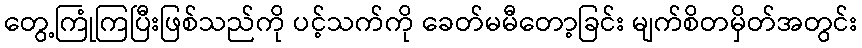
တွေ့ကြုံကြပြီးဖြစ်သည်ကို ပင့်သက်ကို ခေတ်မမီတော့ခြင်း မျက်စိတမှိတ်အတွင်း